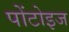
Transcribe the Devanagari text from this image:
पोंटोइज